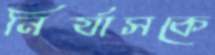
নির্যাসকে